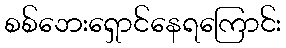
စစ်ဘေးရှောင်နေရကြောင်း